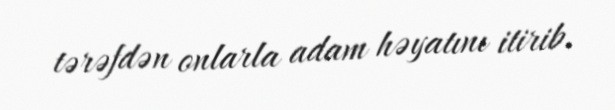
tərəfdən onlarla adam həyatını itirib.